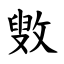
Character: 㪢